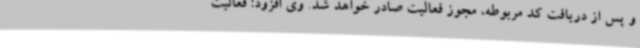
و پس از دریافت کد مربوطه، مجوز فعالیت صادر خواهد شد. وی افزود: فعالیت